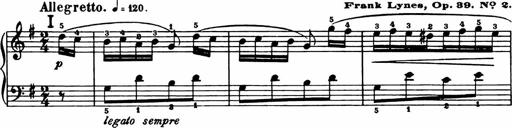
Title: Analytical Sonatinas
Composer: Frank Lynes